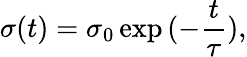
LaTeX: \sigma(t)=\sigma_{0}\exp{(-\frac{t}{\tau})},